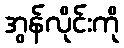
အွန်လိုင်းကို